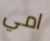
امي